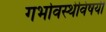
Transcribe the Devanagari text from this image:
गर्भावस्थेविषयी